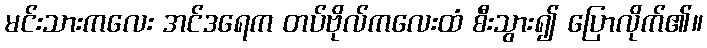
မင်းသားကလေး အင်ဒရေက တပ်ဗိုလ်ကလေးထံ စီးသွား၍ ပြောလိုက်၏။